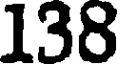
138